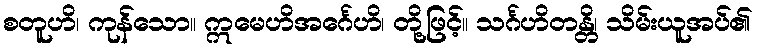
စတူဟိ၊ ကုန်သော။ ဣမေဟိအင်္ဂေဟိ၊ တို့ဖြင့်။ သင်္ဂဟိတန္တိ၊ သိမ်းယူအပ်၏